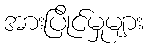
အားပြိုင်မှုများ